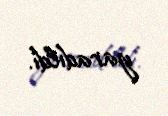
yaradıldı.